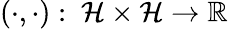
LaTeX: \left(\cdot,\cdot\right):\ \mathcal{H}\times\mathcal{H}\rightarrow\mathbb{R}